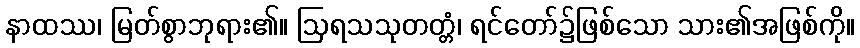
နာထဿ၊ မြတ်စွာဘုရား၏။ ဩရသသုတတ္တံ၊ ရင်တော်၌ဖြစ်သော သား၏အဖြစ်ကို။